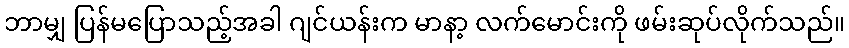
ဘာမျှ ပြန်မပြောသည့်အခါ ဂျင်ယန်းက မာနာ့ လက်မောင်းကို ဖမ်းဆုပ်လိုက်သည်။